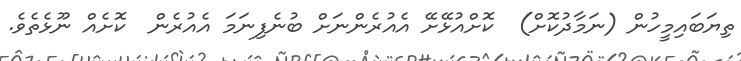
ތިޔަބައިމީހުން (ނަމާދުކޮށް)  ކޮށްއުޅޭށޭ އެއުރެންނަށް ބުނެފިނަމަ އެއުރެން  ކޮށެއް ނޫޅެތެވެ.